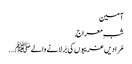
آمین
شبِ معراج,
مُرادیں غریبوں کی بَر لانے والے ﷺ ….